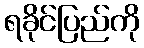
ရခိုင်ပြည်ကို